Report on the working of the Ranchi Indian Mental Hospital, Kanke, in Bihar and Orissa - 1930-1940
Year: 1930
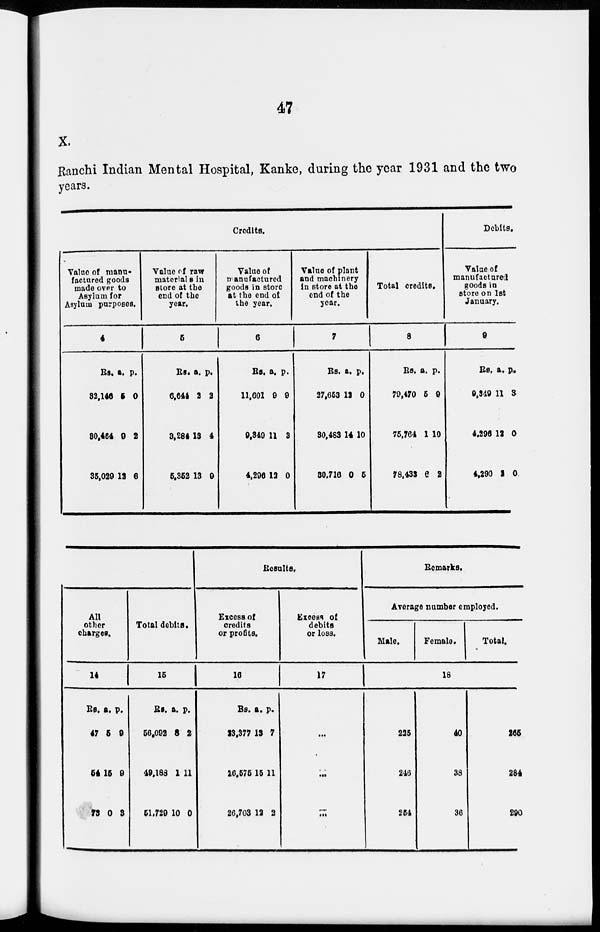
47
X.
Ranchi Indian Mental Hospital, Kanke, during the year 1931 and the two
years.
Credits.
Value of manu-
factured goods
made over to
Asylum for
Asylum purposes.
4
Rs.
32,146
30,464
35,029
a.
5
9
12
p.
0
2
6
Value of raw
materials in
store at the
end of the
year.
5
Rs.
6,644
3,284
5,352
a.
2
13
13
p.
2
4
9
Value of
manufactured
goods in store
at the end of
the year.
6
Rs.
11,601
9,349
4,296
a.
9
11
12
p.
9
3
0
Value of plant
and machinery
in store at the
end of the
year.
7
Rs.
27,653
30,483
30,716
a.
12
14
0
p.
0
10
5
Total credits.
8
Rs.
79,470
76,764
78,433
a.
5
1
6
p.
9
10
2
Debits.
Value of
manufactured
goods in
store on 1st
January.
9
Rs.
9,349
4,296
4,290
a.
11
12
2
p.
3
0
0
All
other
charges.
14
Rs.
47
54
73
a.
5
15
0
p.
9
9
3
Total debits.
15
Rs.
66,002
49,188
51,729
a.
8
1
10
p.
2
11
0
Results.
Excess of
credits
or profits.
16
Rs.
23,377
26,576
26,703
a.
13
15
12
p.
7
11
2
Excess of
debits
or loss.
17
...
...
...
Remarks.
Average number employed.
Male.
Female.
Total.
18
225
246
254
40
38
36
206
284
290